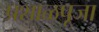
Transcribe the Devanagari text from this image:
प्रशाळपूजा